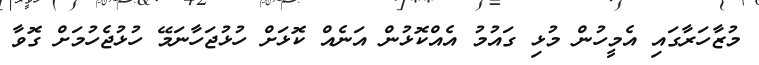
މުޒާހަރާގައި އެމީހުން މުޅި ގައުމު އެއްކޮޅުން އަނެއް ކޮޅަށް ހުޅުޖަހާނަމޭ ހުޅުޖެހުމަށް ގޮވާ